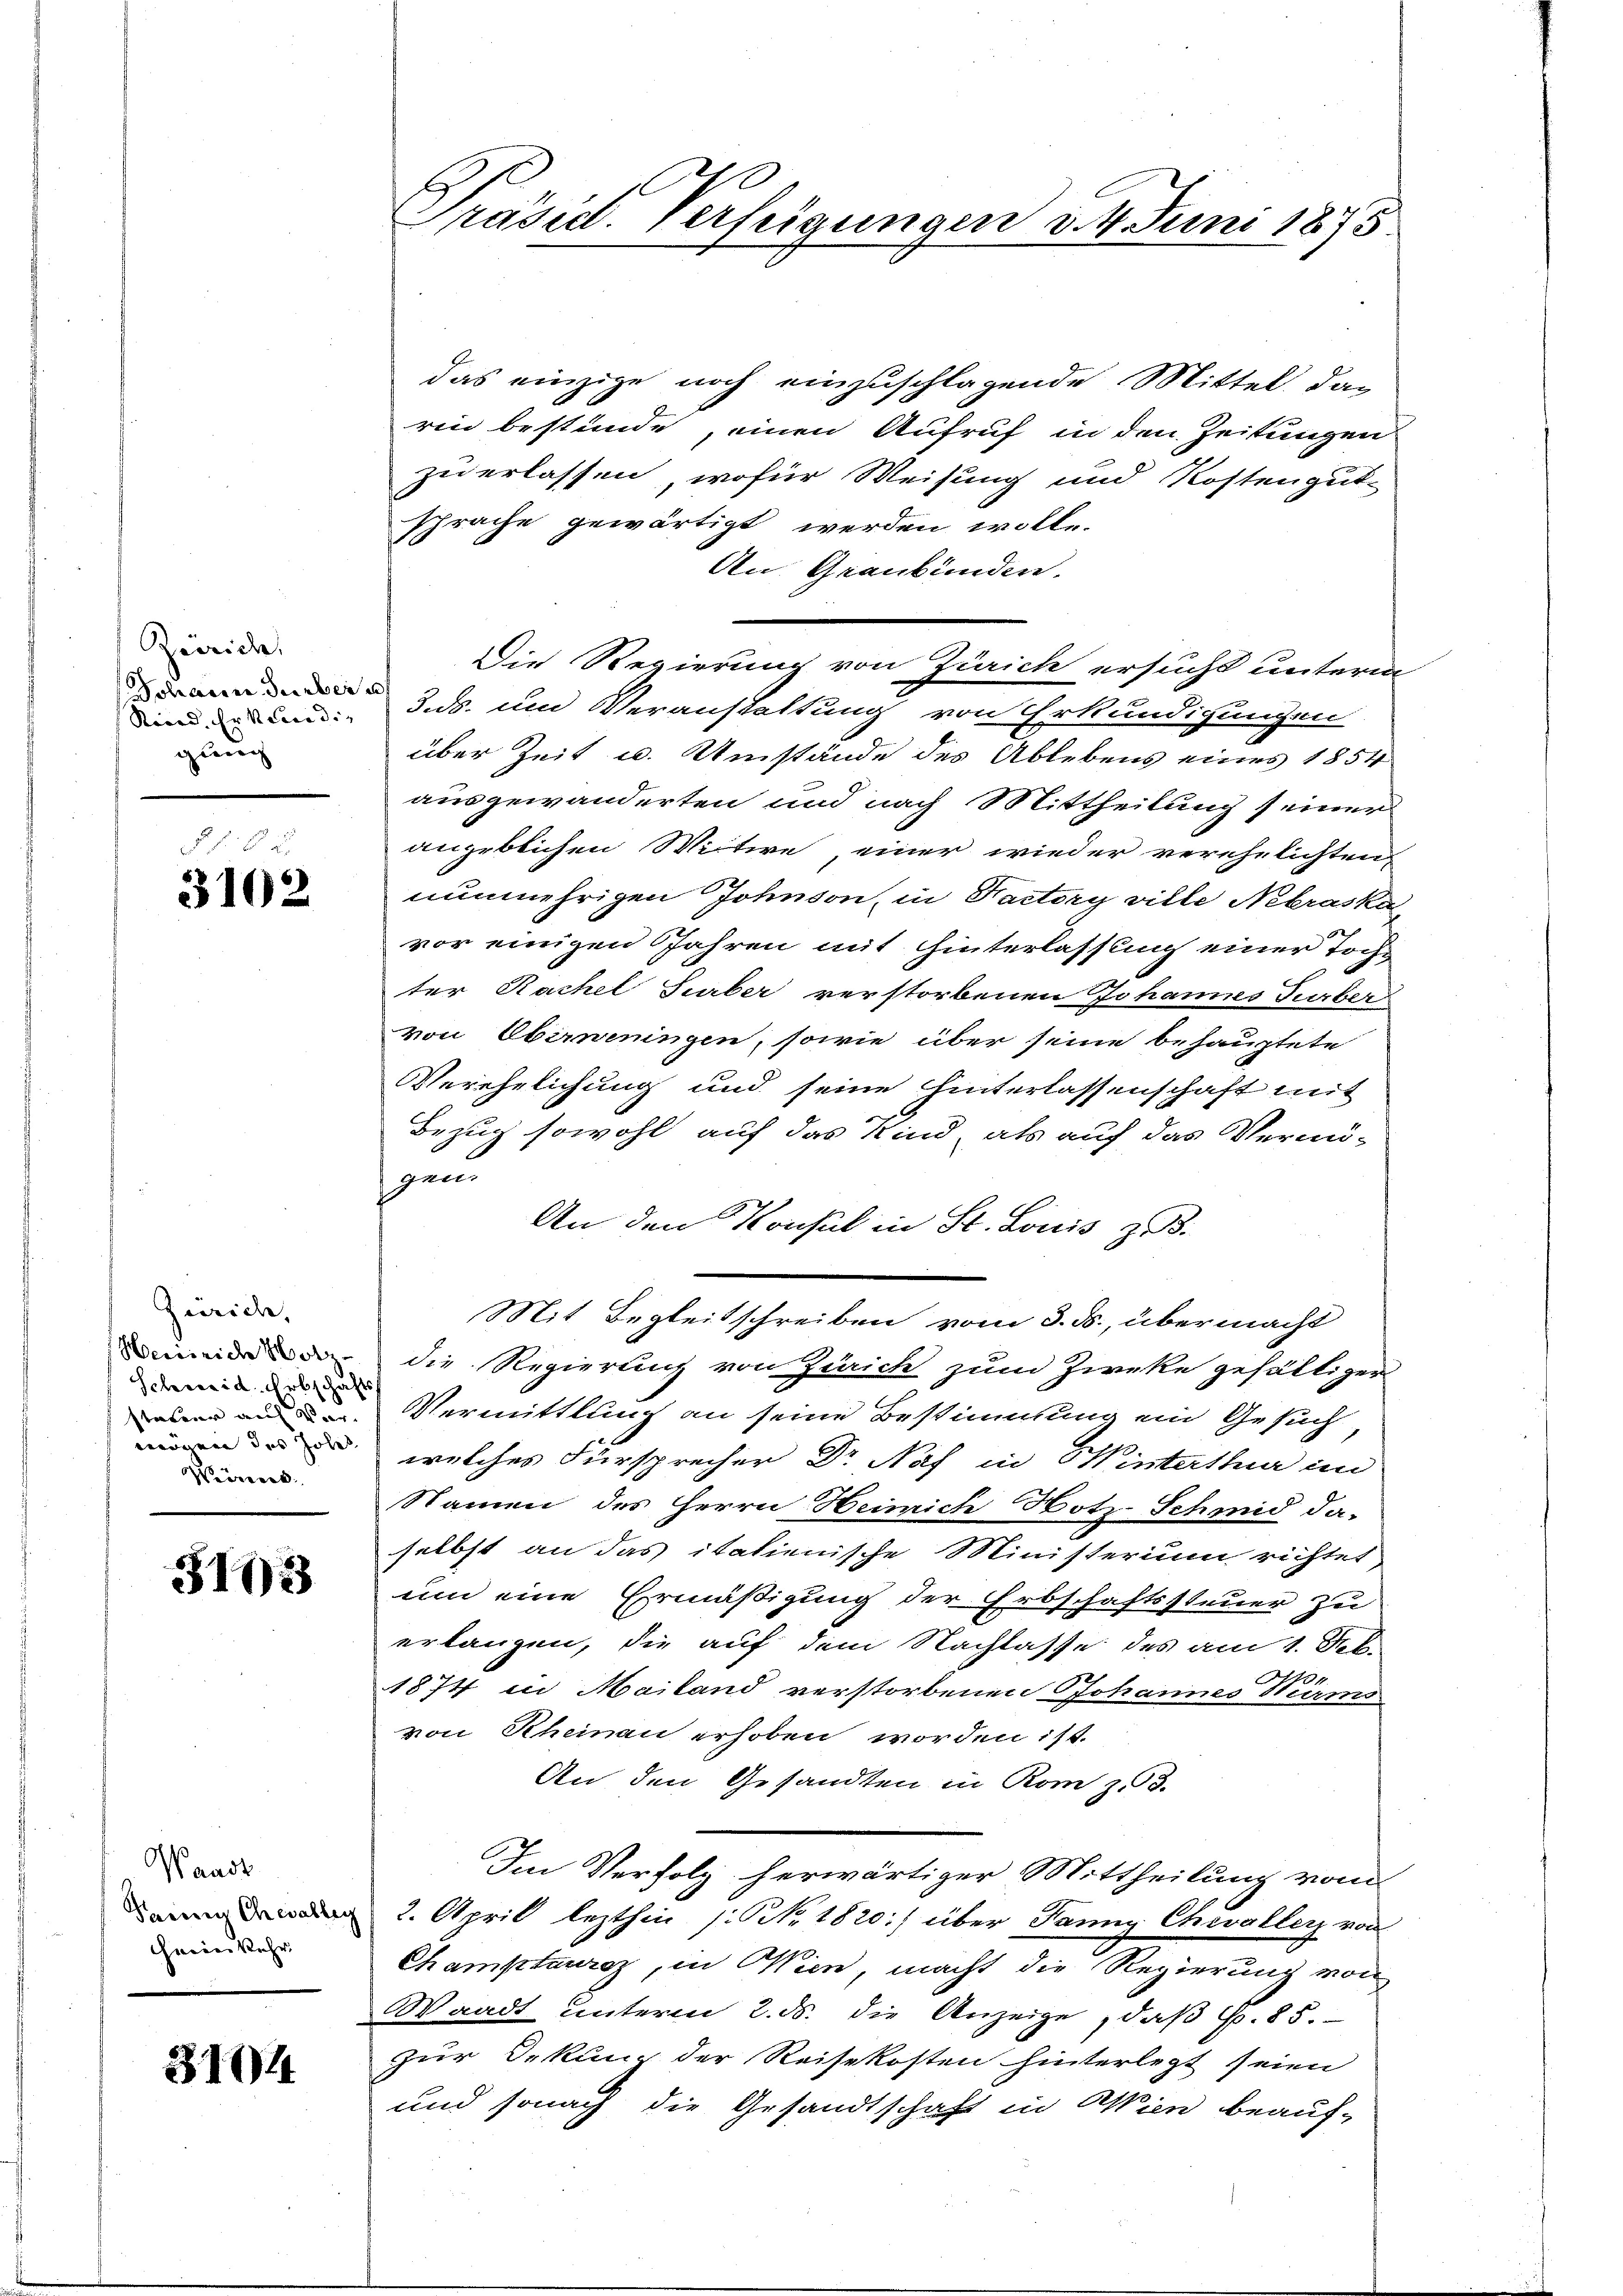
Zereiche,
Dohaeger Seeber
Sind Erneur die
gung

8 f. 6 u.
3102

Zürich,
Heinreide Notz-
Schweid. Erbschafts
statter auf Vermögen des Johes
Weirect

5103

Waadt
Seien Chevallen
cheiner kehr

31044

Präsid. Verfügungen d. 4. Juni 1875

das einzige noch einzuschlagende Mittel das
rin bestände, einen Aufruf in den Zeitungen
zu erlassen, wofür Weisung und Kostengut
spräche gewärtigt werden wolle.
An Graubünden.
Die Regierung von Zürich ersucht unterm
2
3.ds. um Veranstaltung von Erkundigungen
über Zeit u. Umstände des Ablebens eines 1854
ausgewanderten und nach Mittheilung seiner
angeblichen Witwe einer wieder verehelichten
nunmehrigen Johnson, in Factory ville Nebraska
vor einigen Jahren mit Hinterlassung einer Tochter Rachel Surber verstorbenen Johannes Turber
von Oberweningen, sowie über seine behauptete
Verehelichung und seine hinterlassenschaft mit
Bezug sowohl auf das kind, als auf das Vermö-
gen.
An den Konsul in St. Louis zu.
Mit Begleitschreiben vom 3. ds., übermacht
die Regierung von Zürich zum Zwecke gefälliger
Vermittlung an seine Bestimmung ein Gesuch,
welches Fürsprecher Dr Näf in Winterthur in
Namen des Herrn Heimich Hotz-Schmid da-
selbst an das italienische Ministerium richtet
um eine Ermäßigung der Erbschaftssteuer zu
erlangen, die auf dem Nachlasse des am 1. Seb.
21
1874 in Mailand verstorbenen Johannes Wurms
von Rheinau erhoben worden ist.
An den Gesandten in Rom z. 3.
Im Verfolg herwärtiger Mittheilung vom
2. April lezthin /: NNo. 1820:) über Janny Chevallerz von
Champtauraz, in Wien, macht die Regierung von
Waadt unterm 2. ds. die Anzeige, daß P. 85.
zur Orkung der Reisekosten hinterlegt seien
und sonach die Gesandtschaft in Wien beauf-